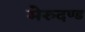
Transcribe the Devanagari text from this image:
मेरुदण्‍ड